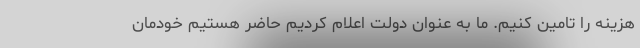
هزینه را تامین کنیم. ما به عنوان دولت اعلام کردیم حاضر هستیم خودمان